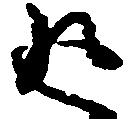
返